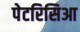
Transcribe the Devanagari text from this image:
पेटरिसिआ